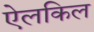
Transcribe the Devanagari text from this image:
ऐलकिल